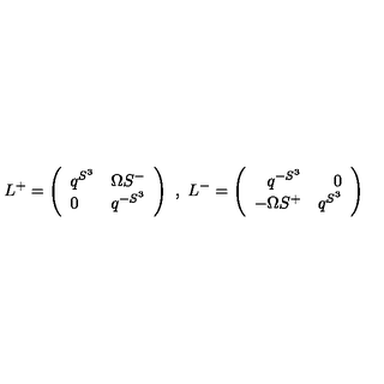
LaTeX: L ^ { + } = \left( \begin{array} { l l } { q ^ { S ^ { 3 } } } & { \Omega S ^ { - } } \\ { 0 } & { q ^ { - S ^ { 3 } } } \\ \end{array} \right) \ , \ L ^ { - } = \left( \begin{array} { r r } { q ^ { - S ^ { 3 } } } & { 0 } \\ { - \Omega S ^ { + } } & { q ^ { S ^ { 3 } } } \\ \end{array} \right)